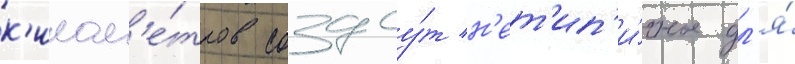
к'илом'е́тров создау́т н'ет'ип'и́чное дл'я́